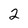
Character: 2